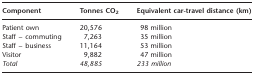
<table><thead><tr><td><b>Component</b></td><td><b>Tonnes CO<sub>2</sub></b></td><td><b>Equivalent car-travel distance (km)</b></td></tr></thead><tbody><tr><td>Patient own</td><td>20,576</td><td> 98 million</td></tr><tr><td>Staff – commuting</td><td>7,263</td><td> 35 million</td></tr><tr><td>Staff – business</td><td>11,164</td><td> 53 million</td></tr><tr><td>Visitor</td><td>9,882</td><td> 47 million</td></tr><tr><td><i>Total</i></td><td><i>48,885</i></td><td><i>233 million</i></td></tr></tbody></table>